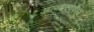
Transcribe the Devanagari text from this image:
आत्महत्त्येपासून